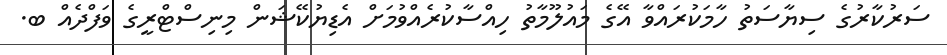
ސަރުކާރުގެ ސިޔާސަތު ހާމަކުރައްވާ އޭގެ މައުލޫމާތު ހިއްސާކުރެއްވުމަށް އެޑިޔުކޭޝަން މިނިސްޓްރީގެ ވަފްދެއް ބ.